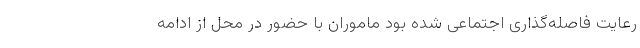
رعایت فاصله‌گذاری اجتماعی شده بود ماموران با حضور در محل از ادامه